Vabadussoja_Ajaloo_Komitee, lk 22
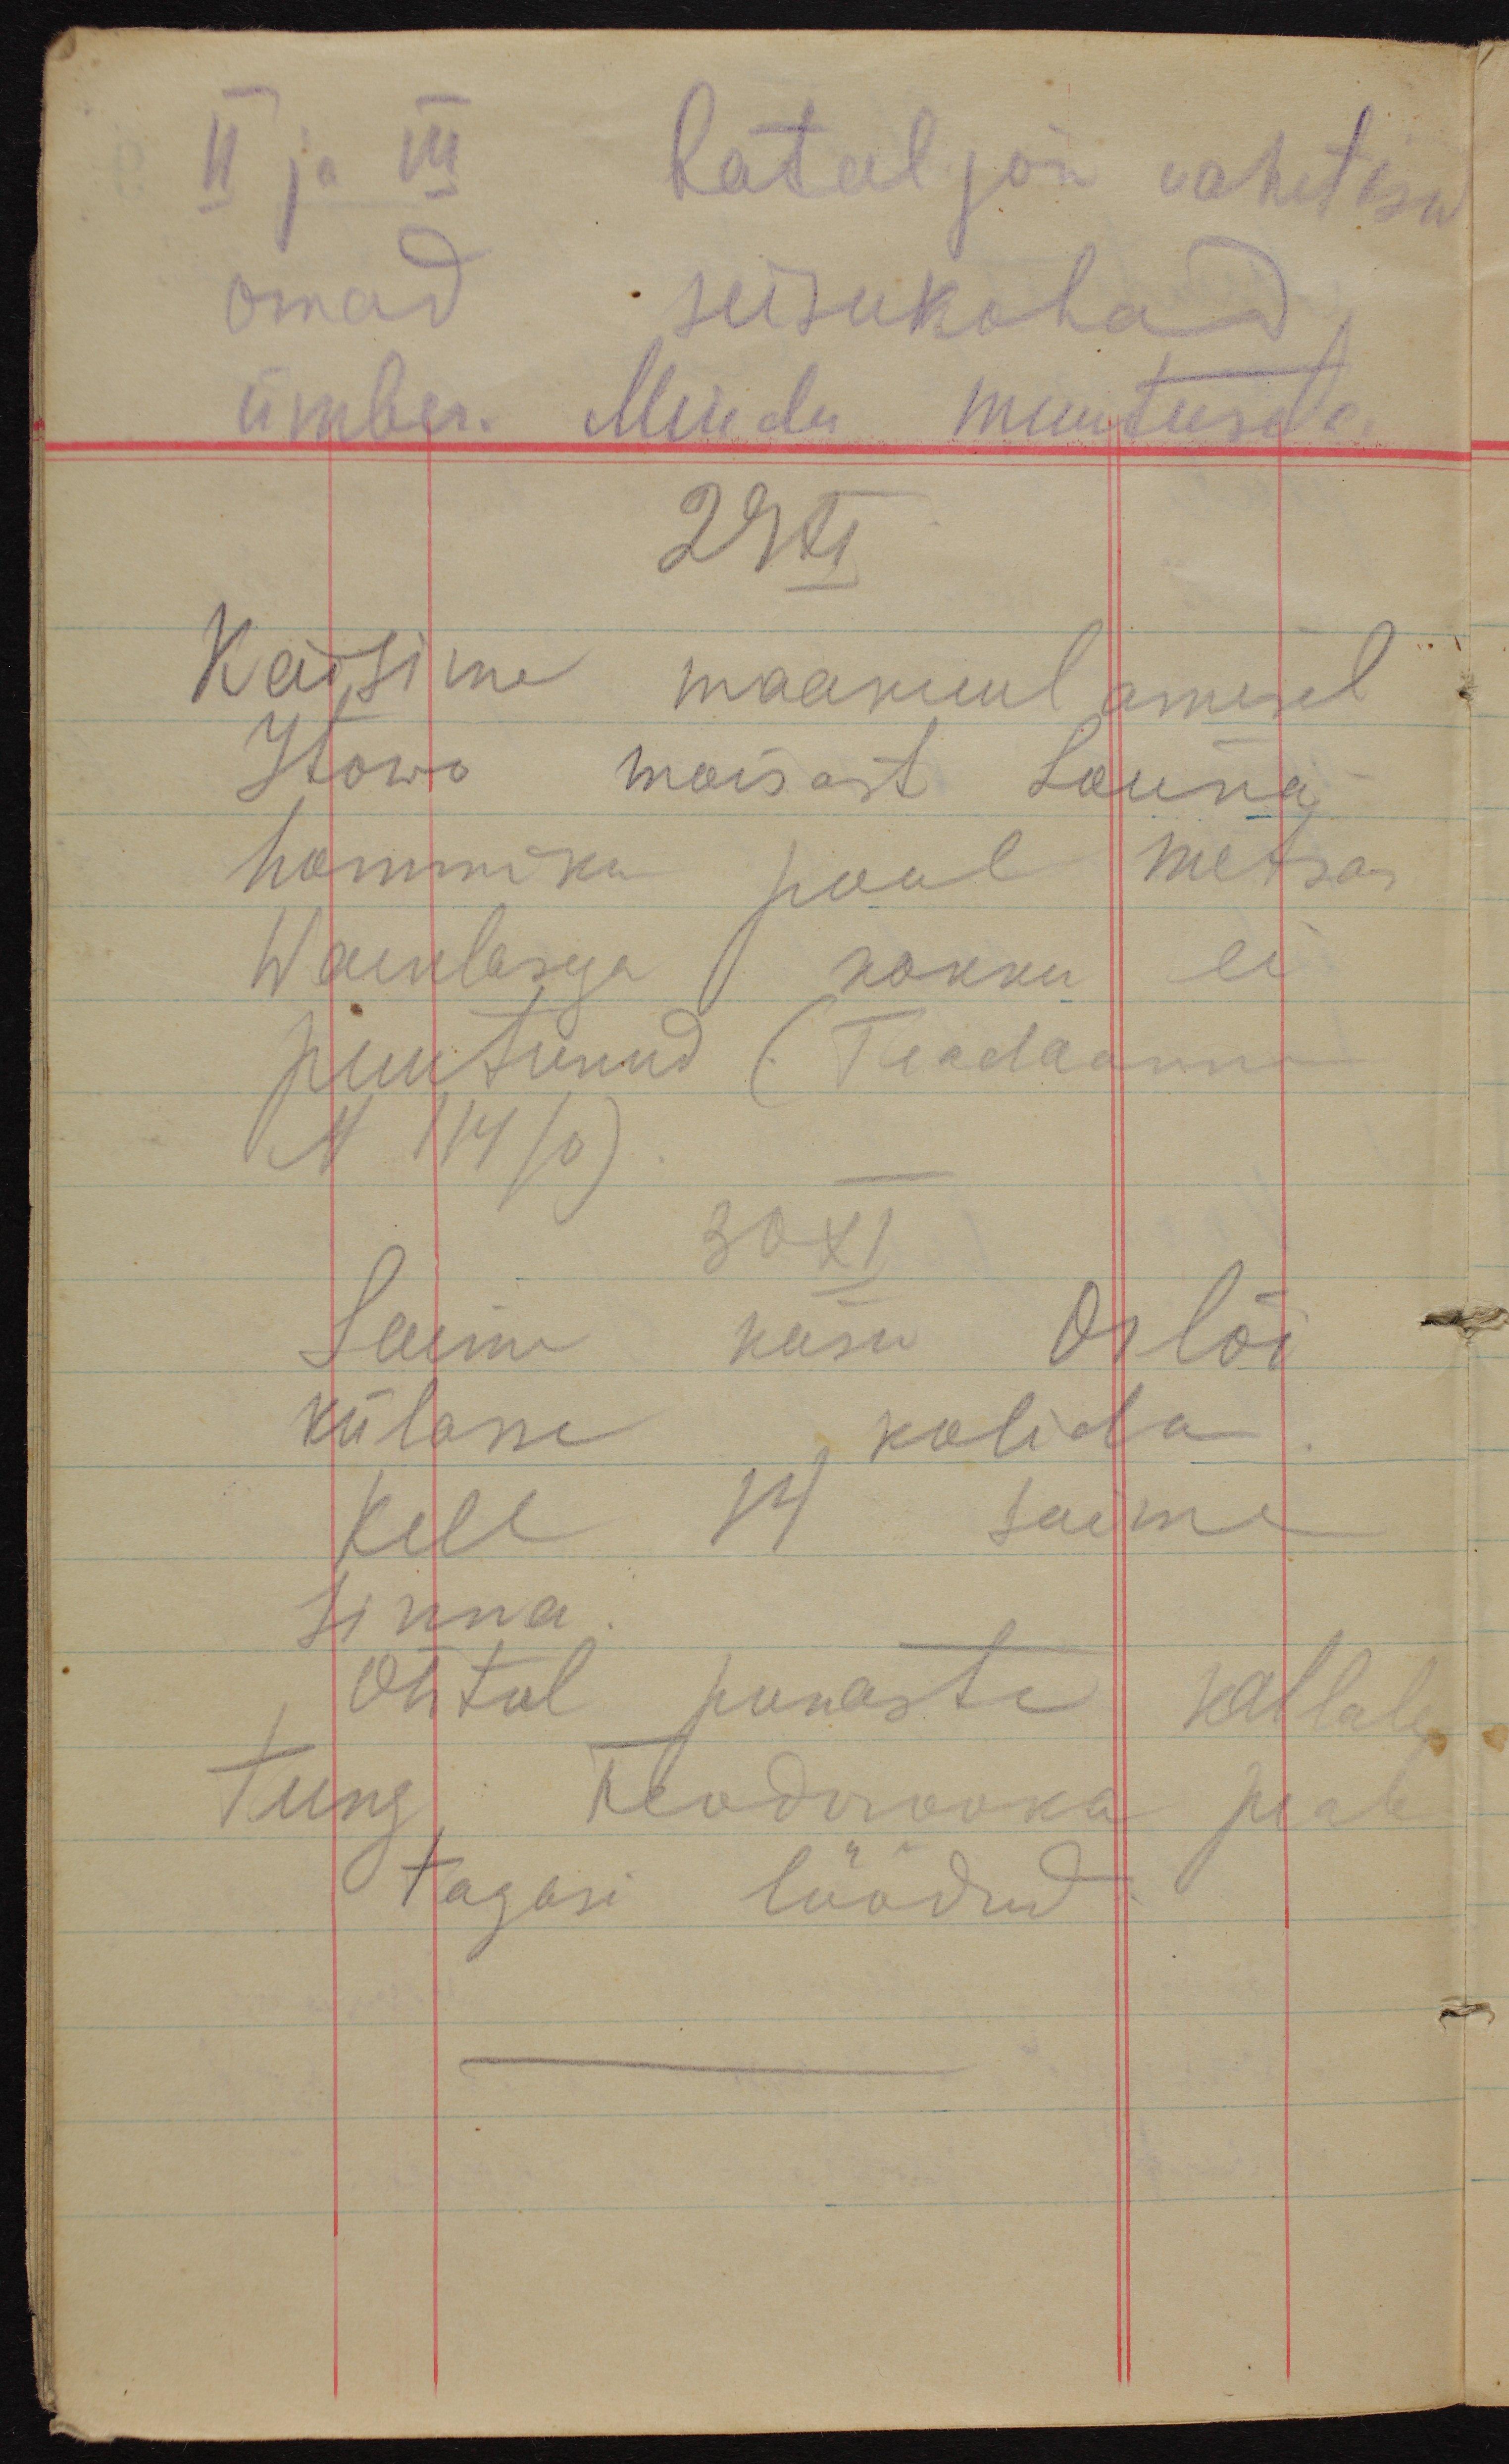
II ja III bataljon vahetasid
omad seisukohad
ümber. Muidu muutuseta.
29 XI
Käisime maakuulamisel
Itowo mõisast Lõuna
hommiku pool metsas
Waenlasega kokku ei
puutunud (Teadaanne
N 114/0).
30 XI
Saime käsu Orlõi
külasse kolida
Kell 14 saime
sinna.
Õhtul punaste kallale
tung Feodorovka peale
tagasi löödud.